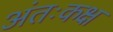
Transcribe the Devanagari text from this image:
अंतःकक्ष